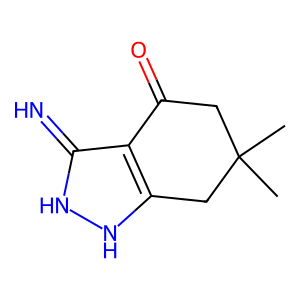
SMILES: CC1(C)CC(=O)c2c([nH][nH]c2=N)C1
Inhibits HIV replication: No